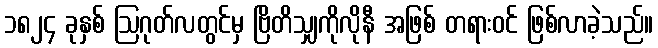
၁၈၂၄ ခုနှစ် ဩဂုတ်လတွင်မှ ဗြိတိသျှကိုလိုနီ အဖြစ် တရားဝင် ဖြစ်လာခဲ့သည်။